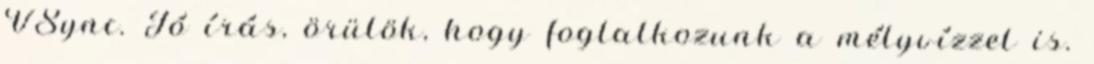
VSync. Jó írás, örülök, hogy foglalkozunk a mélyvízzel is.